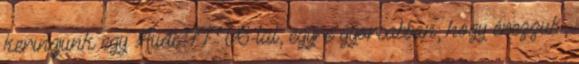
keringjünk egy Audi TT V6-tal, egyre gyorsabban, hogy érezzük,